Annual report of the Madras Medical College
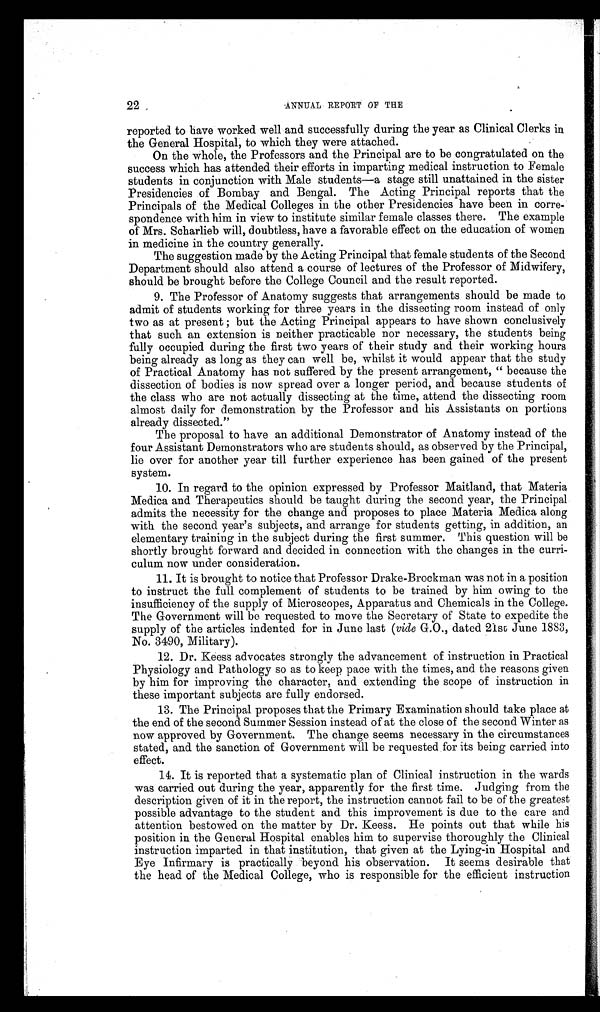
22. ANNUAL REPORT OF THE
reported to have worked well and successfully during the year as Clinical Clerks in
the General Hospital, to which they were attached.
On the whole, the Professors and the Principal are to be congratulated on the
success which has attended their efforts in imparting medical instruction to Female
students in conjunction with Male students—a stage still unattained in the sister
Presidencies of Bombay and Bengal. The Acting Principal reports that the
Principals of the Medical Colleges in the other Presidencies have been in corre-
spondence with him in view to institute similar female classes there. The example
of Mrs. Scharlieb will, doubtless, have a favorable effect on the education of women
in medicine in the country generally.
The suggestion made by the Acting Principal that female students of the Second
Department should also attend a course of lectures of the Professor of Midwifery,
should be brought before the College Council and the result reported.
9. The Professor of Anatomy suggests that arrangements should be made to
admit of students working for three years in the dissecting room instead of only
two as at present ; but the Acting Principal appears to have shown conclusively
that such an extension is neither practicable nor necessary, the students being
fully occupied during the first two years of their study and their working hours
being already as long as they can well be, whilst it would appear that the study
of Practical Anatomy has not suffered by the present arrangement, " because the
dissection of bodies is now spread over a longer period, and because students of
the class who are not actually dissecting at the time, attend the dissecting room
almost daily for demonstration by the Professor and his Assistants on portions
already dissected."
The proposal to have an additional Demonstrator of Anatomy instead of the
four Assistant Demonstrators who are students should, as observed by the Principal,
lie over for another year till further experience has been gained of the present
system.
10. In regard to the opinion expressed by Professor Maitland, that Materia
Medica and Therapeutics should be taught during the second year, the Principal
admits the necessity for the change and proposes to place Materia Medica along
with the second year's subjects, and arrange for students getting, in addition, an
elementary training in the subject during the first summer. This question will be
shortly brought forward and decided in connection with the changes in the curri--
culum now under consideration.
11. It is brought to notice that Professor Drake-Brockman was not in a position
to instruct the full complement of students to be trained by him owing to the
insufficiency of the supply of Microscopes, Apparatus and Chemicals in the College.
The Government will be requested to move the Secretary of State to expedite the
supply of the articles indented for in June last (vide G.O., dated 21st June 1883,
No. 3490, Military).
12. Dr. Keess advocates strongly the advancement of instruction in Practical
Physiology and Pathology so as to keep pace with the times, and the reasons given
by him for improving the character, and extending the scope of instruction in
these important subjects are fully endorsed.
13. The Principal proposes that the Primary Examination should take place at
the end of the second Summer Session instead of at the close of the second Winter as
now approved by Government. The change seems necessary in the circumstances
stated, and the sanction of Government will be requested for its being carried into
effect.
14. It is reported that a systematic plan of Clinical instruction in the wards
was carried out during the year, apparently for the first time. Judging from the
description given of it in the report, the instruction cannot fail to be of the greatest
possible advantage to the student and this improvement is due to the care and
attention bestowed on the matter by Dr. Keess. He points out that while his
position in the General Hospital enables him to supervise thoroughly the Clinical
instruction imparted in that institution, that given at the Lying-in Hospital and
Eye Infirmary is practically beyond his observation. It seems desirable that
the head of the Medical College, who is responsible for the efficient instruction